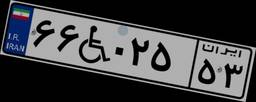
۶۶W۰۲۵۵۳